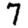
Digit: 7